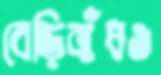
বেড়িবাঁধও